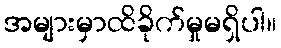
အများမှာထိခိုက်မှုမရှိပါ။